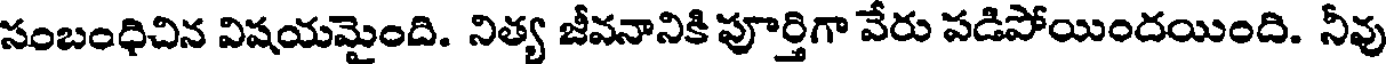
సంబంధిచిన విషయమైంది. నిత్య జీవనానికి పూర్తిగా వేరు పడిపోయిందయింది. నీవు